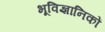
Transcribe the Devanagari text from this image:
भूविज्ञानिकों